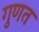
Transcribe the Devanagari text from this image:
गुणत